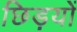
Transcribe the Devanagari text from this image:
छिड़यों